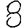
Digit: 8